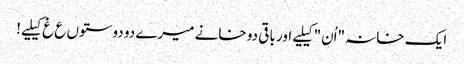
ایک خانہ "اُن" کیلیے اور باقی دو خانے میرے دو دوستوں ع غ کیلیے!